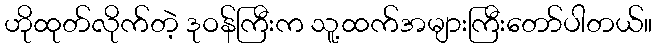
ဟိုထုတ်လိုက်တဲ့ ဒုဝန်ကြီးက သူ့ထက်အများကြီးတော်ပါတယ်။